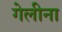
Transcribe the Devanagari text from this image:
गेलीना